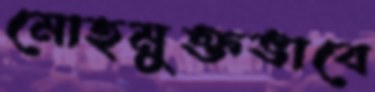
মোহমুক্তভাবে